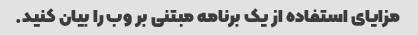
مزایای استفاده از یک برنامه مبتنی بر وب را بیان کنید.